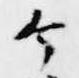
け